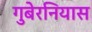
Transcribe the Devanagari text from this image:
गुबेरनियास